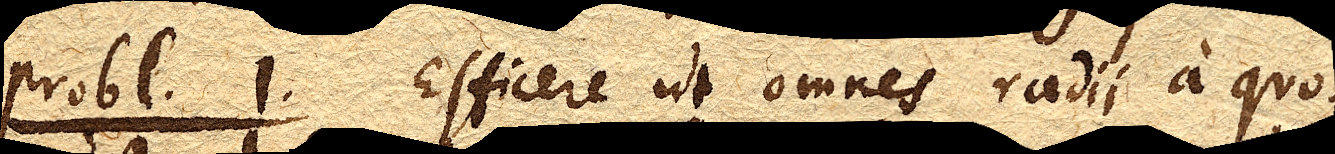
probl. 1. Efficere ut omnes radii a quo–